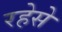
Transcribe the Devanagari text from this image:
रहेसे